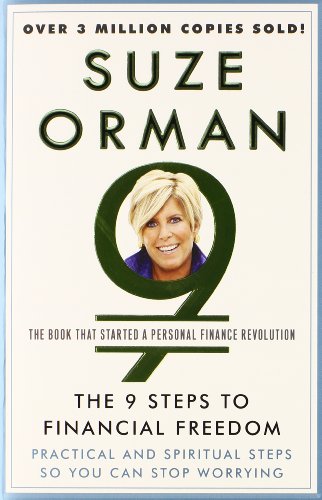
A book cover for The 9 Steps to Financial Freedom: Practical and Spiritual Steps So You Can Stop Worrying; Suze Orman; Business & Money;